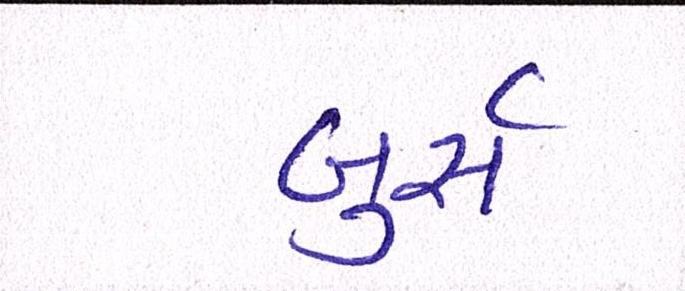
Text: બુર્સ